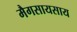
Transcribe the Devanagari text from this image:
मैगसायसाय